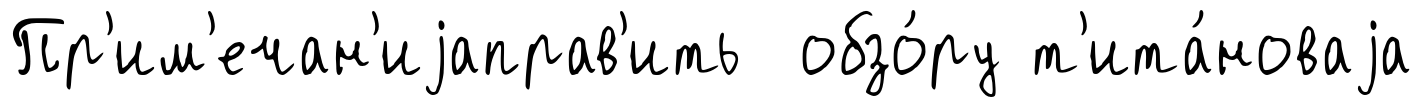
Пр'им'ечан'иjаправ'ить обзо́ру т'ита́новаjа